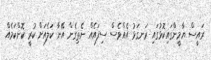
ރައީސް ޔާމީންގައިކޮޅުގައި ރަނގަޅު އެއްވެސް ސިފައެއް ނެތިގެން އޭނާ ކަލެއަށް ކުރީ ކޮންކަމެއް